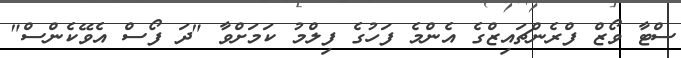
ސްޓާ ވޯޒް ފްރެންޗައިޒްގެ އެންމެ ފަހުގެ ފިލްމު ކަމަށްވާ "ދަ ފޯސް އެވޭކެންސް"